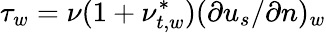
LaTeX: \tau_{w}=\nu(1+\nu_{t,w}^{*})(\partial{u_{s}}/\partial{n})_{w}